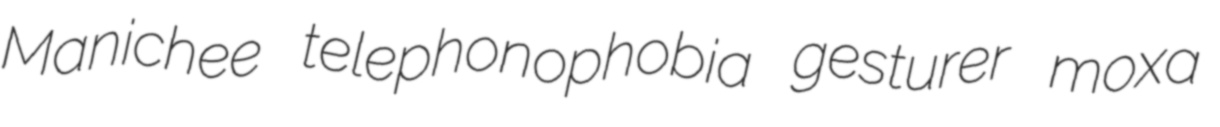
Manichee telephonophobia gesturer moxa